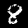
Digit: 8